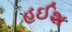
હઈશ